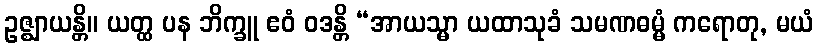
ဥဇ္ဈာယန္တိ။ ယတ္ထ ပန ဘိက္ခူ ဧဝံ ဝဒန္တိ “အာယသ္မာ ယထာသုခံ သမဏဓမ္မံ ကရောတု, မယံ